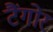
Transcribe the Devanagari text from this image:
टैंगोर